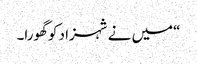
“میں نے شہزاد کو گھورا۔